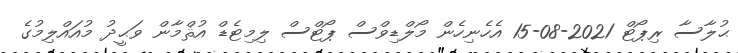
ޙުލާސާ ރިޕޯޓް 2021-08-15 އެހެނިހެން މޯލްޑިވްސް ޕޯޓްސް ލިމިޓެޑް އުޘްމާން ވަޙީދު މުއައްލިމުގެ